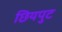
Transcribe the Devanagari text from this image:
छियपुट